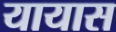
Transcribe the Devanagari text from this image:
यायास